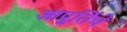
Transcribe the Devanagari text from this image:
आपूर्तिचे